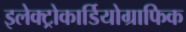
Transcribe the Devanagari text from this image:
इलेक्ट्रोकार्डियोग्राफिक